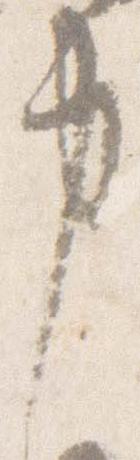
申